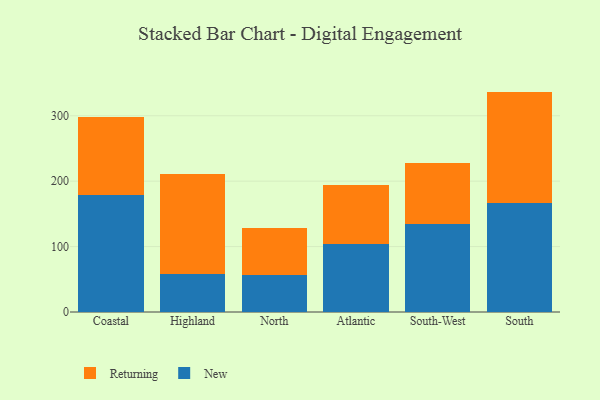
{"axis": {"x": "Region", "y": "Active Users"}, "legend": ["New", "Returning"], "data": [{"x": "Coastal", "y": 179.2, "type": "New"}, {"x": "Coastal", "y": 118.4, "type": "Returning"}, {"x": "Highland", "y": 58.1, "type": "New"}, {"x": "Highland", "y": 152.5, "type": "Returning"}, {"x": "North", "y": 57.0, "type": "New"}, {"x": "North", "y": 71.4, "type": "Returning"}, {"x": "Atlantic", "y": 103.2, "type": "New"}, {"x": "Atlantic", "y": 90.8, "type": "Returning"}, {"x": "South-West", "y": 134.4, "type": "New"}, {"x": "South-West", "y": 94.0, "type": "Returning"}, {"x": "South", "y": 166.0, "type": "New"}, {"x": "South", "y": 170.9, "type": "Returning"}]}